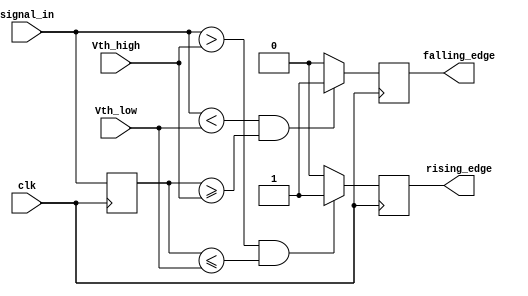
module SchmittTriggerEdgeDetector (
    input wire clk,                  // Clock signal
    input wire signal_in,            // Input signal to detect edges
    input wire Vth_high,             // Upper threshold level for detection
    input wire Vth_low,              // Lower threshold level for detection
    output reg rising_edge,          // Output signal for rising edge detection
    output reg falling_edge          // Output signal for falling edge detection
);

// Memory block to hold the previous state of the input signal
reg prev_state;

// Sequential logic: update previous state and detect edges
always @(posedge clk) begin
    // Detect rising edge
    if (signal_in > Vth_high && prev_state <= Vth_low) begin
        rising_edge <= 1'b1;          // Rising edge detected
    end else begin
        rising_edge <= 1'b0;          // No rising edge detected
    end

    // Detect falling edge
    if (signal_in < Vth_low && prev_state >= Vth_high) begin
        falling_edge <= 1'b1;          // Falling edge detected
    end else begin
        falling_edge <= 1'b0;          // No falling edge detected
    end

    // Update previous state
    prev_state <= signal_in;
end

endmodule